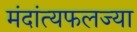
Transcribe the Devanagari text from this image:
मंदांत्यफलज्या